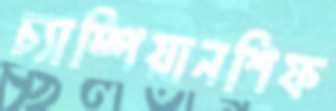
চ্যাম্পিয়ানশিফ